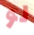
لو